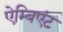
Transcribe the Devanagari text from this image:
ऐम्बिएंट